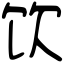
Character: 饮